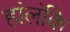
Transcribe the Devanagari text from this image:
हांलंकि